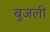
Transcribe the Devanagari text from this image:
बुजली